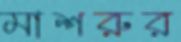
মাশরুর